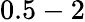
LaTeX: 0.5-2